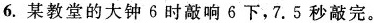
6.某教堂的大钟6时敲响6下，7.5秒敲完。